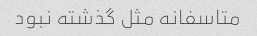
متاسفانه مثل گذشته نبود